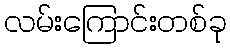
လမ်းကြောင်းတစ်ခု